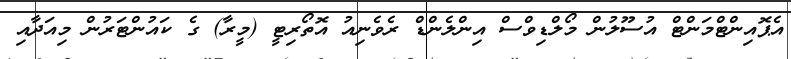
އެޕޮއިންޓްމަންޓް އުސޫލުން މޯލްޑިވްސް އިންލެންޑް ރެވެނިއު އޮތޯރިޓީ (މީރާ) ގެ ކައުންޓަރުން މިއަދާއި